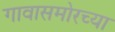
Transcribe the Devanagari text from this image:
गावासमोरच्या